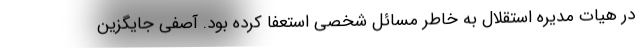
در هیات مدیره استقلال به خاطر مسائل شخصی استعفا کرده بود. آصفی جایگزین